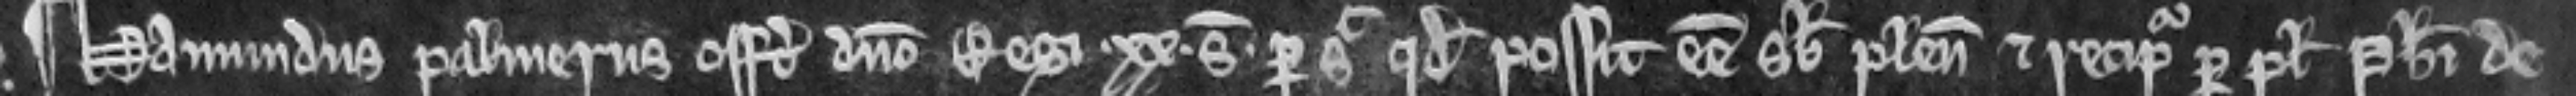
¶ Hamundus palmerus offert domino Regi. xx. solidos per sic quod possit esse sub plevina et recipitur per plegium Philippi de